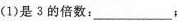
(1)是3的倍数：___ ；